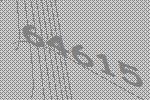
64615